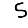
Digit: 5